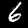
Label: 6